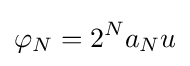
\varphi _{N}=2^{N}a_{N}u